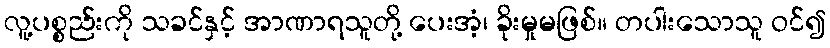
လူ့ပစ္စည်းကို သခင်နှင့် အာဏာရသူတို့ ပေးအံ့၊ ခိုးမှုမဖြစ်။ တပါးသောသူ ဝင်၍